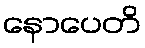
နောပေတိ